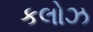
કલોઝ